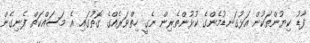
ފާޑު ކިޔުންތަކުން އަޅުގަނޑުމެންގެ ކުޅުންތެރިން ނެގީ ހިތްވަރެއްގެ ގޮތުގައި އެ މަސައްކަތް ފެނިގެން